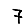
Digit: 7